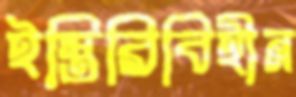
ইস্তিরিবিহীন